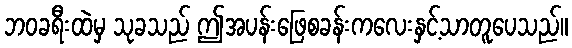
ဘဝခရီးထဲမှ သုခသည် ဤအပန်းဖြေစခန်းကလေးနှင့်သာတူပေသည်။